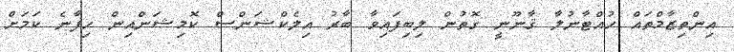
އިންތިޒާމްތައް ހުއްޓާނުލާ ޤާނޫނީ ގޮތުން ލިބިފައިވާ ބާރު އިލެކްޝަންސް ކޮމިޝަންއިން ހިފާނެ ކަމަށް